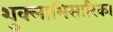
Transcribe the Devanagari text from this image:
शुक्लाभिसारिका